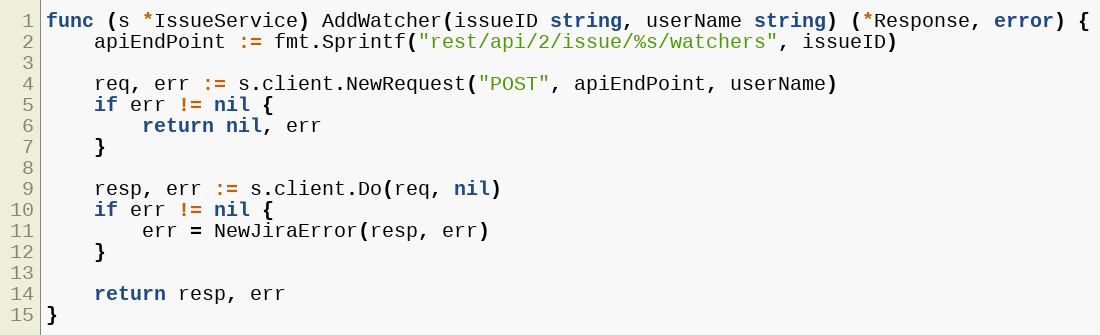
Language: Go
func (s *IssueService) AddWatcher(issueID string, userName string) (*Response, error) {
	apiEndPoint := fmt.Sprintf("rest/api/2/issue/%s/watchers", issueID)

	req, err := s.client.NewRequest("POST", apiEndPoint, userName)
	if err != nil {
		return nil, err
	}

	resp, err := s.client.Do(req, nil)
	if err != nil {
		err = NewJiraError(resp, err)
	}

	return resp, err
}